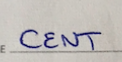
CENT